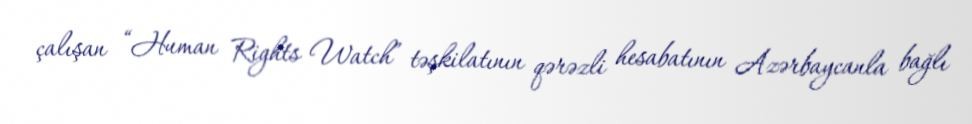
çalışan “Human Rights Watch” təşkilatının qərəzli hesabatının Azərbaycanla bağlı